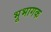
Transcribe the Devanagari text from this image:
भूभागक